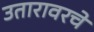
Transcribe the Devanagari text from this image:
उतारावरचे